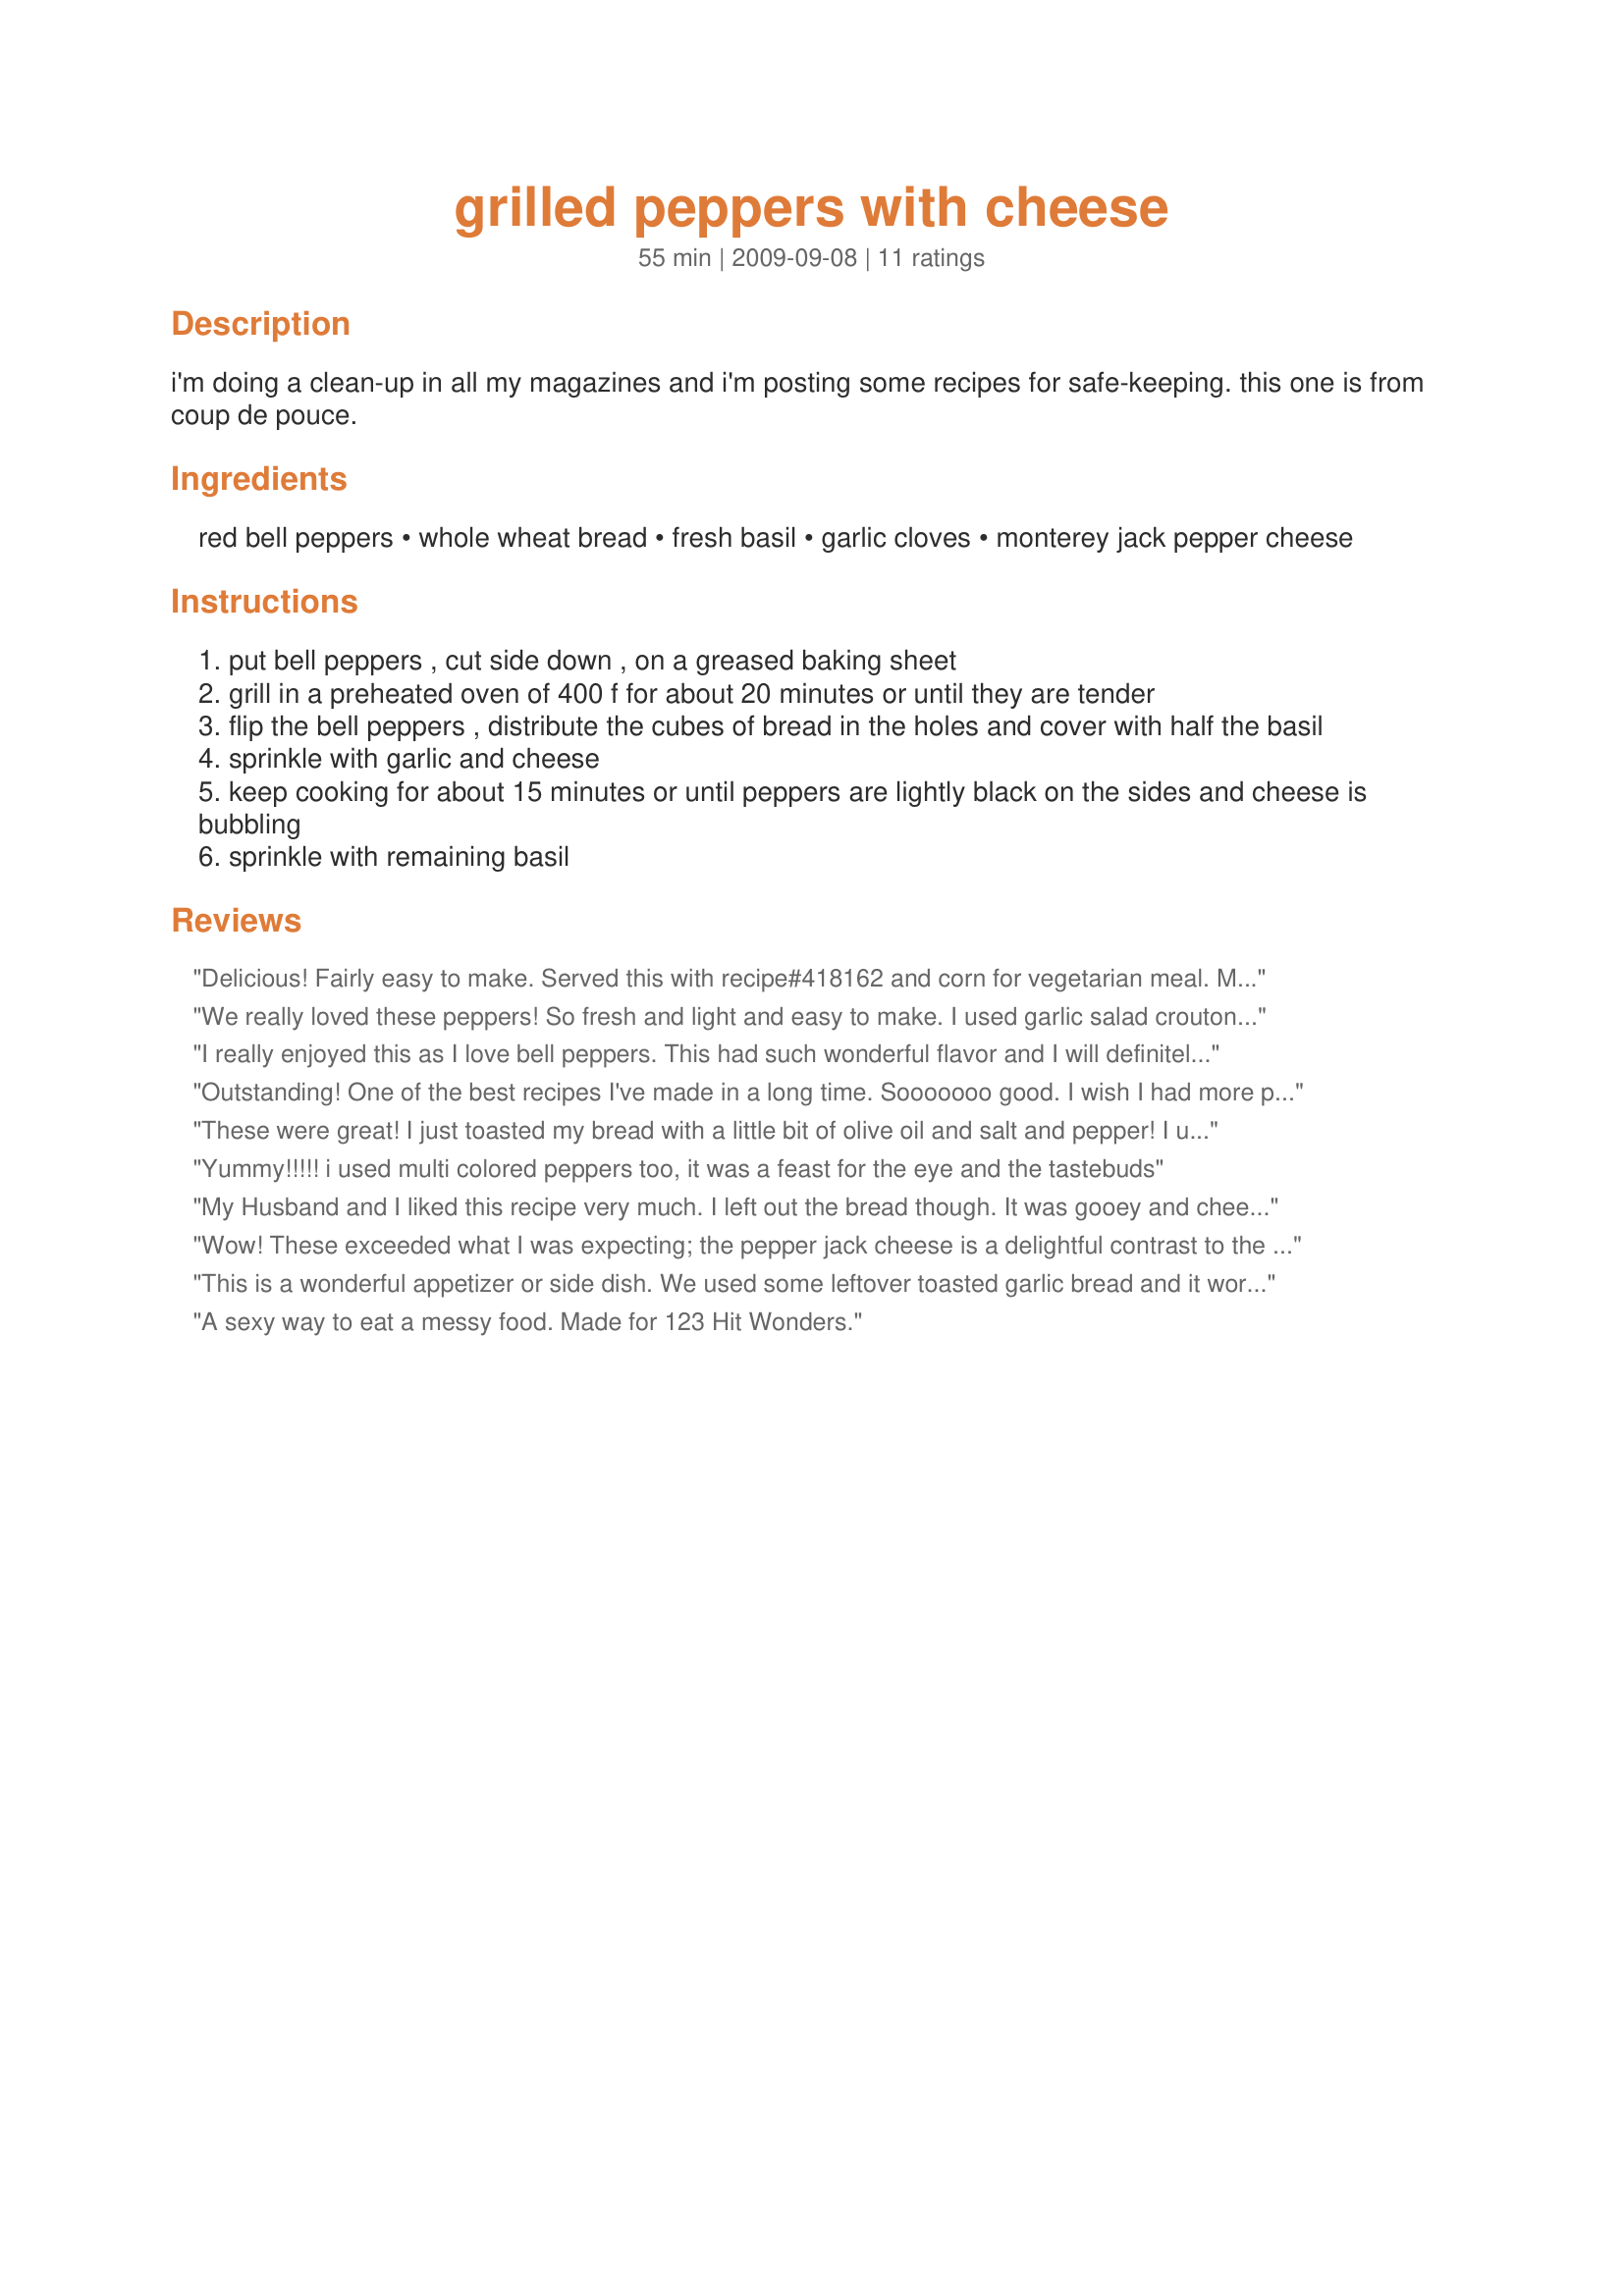
grilled peppers with cheese
Preparation time: 55 minutes

i'm doing a clean-up in all my magazines and i'm posting some recipes for safe-keeping. this one is from coup de pouce.

Ingredients:
red bell peppers, whole wheat bread, fresh basil, garlic cloves, monterey jack pepper cheese

Steps:
put bell peppers , cut side down , on a greased baking sheet
grill in a preheated oven of 400 f for about 20 minutes or until they are tender
flip the bell peppers , distribute the cubes of bread in the holes and cover with half the basil
sprinkle with garlic and cheese
keep cooking for about 15 minutes or until peppers are lightly black on the sides and cheese is bubbling
sprinkle with remaining basil

Reviews:
Delicious! Fairly easy to make. Served this with recipe#418162 and corn for vegetarian meal. Made as posted except I reduced the oven temp to 375 only so that I could do the sweet potatoes at same time-lazy me loves oven meals. :) Thanks for sharing Boomette.
We really loved these peppers! So fresh and light and easy to make. I used garlic salad croutons for the bread pieces and it worked perfectly. Thanks for posting this recipe!
I really enjoyed this as I love bell peppers. This had such wonderful flavor and I will definitely be making again. Thanks for sharing!
Outstanding! One of the best recipes I've made in a long time. Sooooooo good. I wish I had more peppers right now. Thank you very much.
These were great! I just toasted my bread with a little bit of olive oil and salt and pepper! I used a cheddar jack cheese tha was great! This tasted kind of like inside out spicy bruschetta! [Made for Holiday Tag April 2010]!
Yummy!!!!! i used multi colored peppers too, it was a feast for the eye and the tastebuds
My Husband and I liked this recipe very much. I left out the bread though. It was gooey and cheesy and delicious. Thank you for the recipe.
Wow! These exceeded what I was expecting; the pepper jack cheese is a delightful contrast to the sweet peppers. Made using a half the basil called for as I forgot to put the other half on at the end of the cook time. This is a true keeper. Thanks for the post.
This is a wonderful appetizer or side dish. We used some leftover toasted garlic bread and it worked out perfectly. Next time we'll add some bacon bits. Thanks for a keeper recipe! :)
A sexy way to eat a messy food. Made for 123 Hit Wonders.
This is a quick and easy recipe. Yes, I said quick because once it is in the oven you can forget about it. The basil adds a nice touch. I used colby jack since I am not fond of fontina and pepper jack is too spicy, but it worked nicely. I may play a little more with the seasonings, but this is a dish I would make again.
